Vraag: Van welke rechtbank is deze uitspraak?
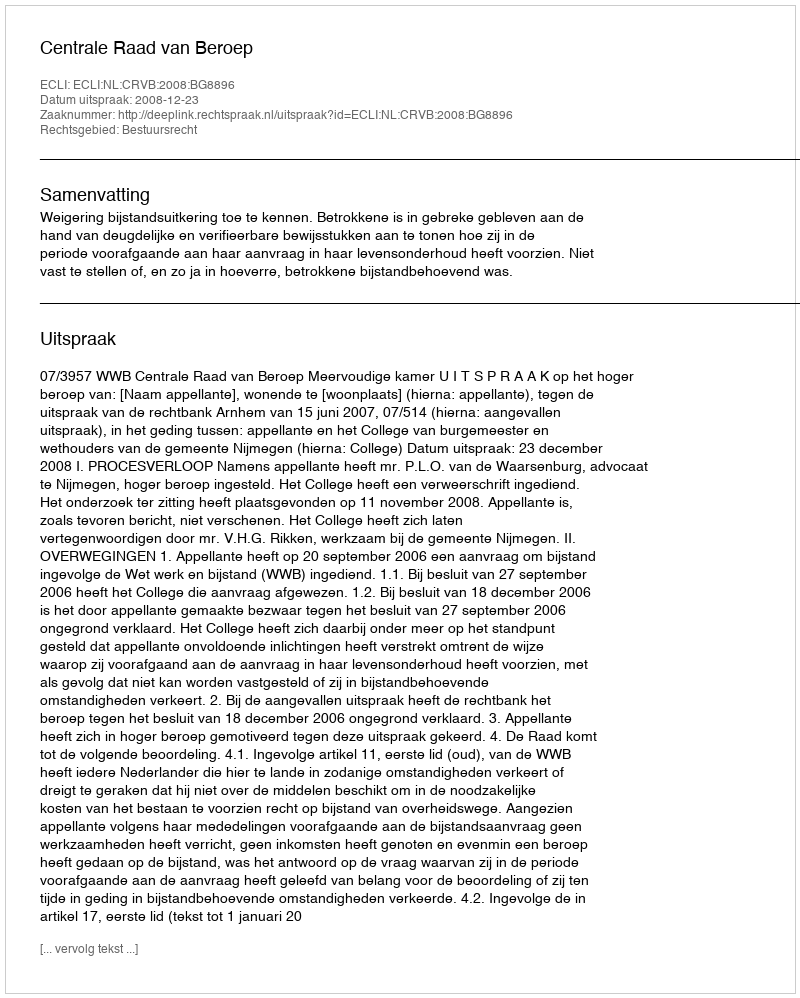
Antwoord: Centrale Raad van Beroep